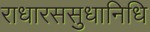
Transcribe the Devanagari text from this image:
राधारससुधानिधि